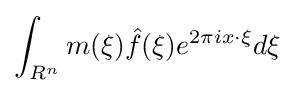
\int _{R^{n}}m(\xi ){\hat {f}}(\xi )e^{2\pi ix\cdot \xi }d\xi